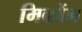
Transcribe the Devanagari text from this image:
मिकोंग